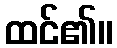
ထင်၏။